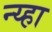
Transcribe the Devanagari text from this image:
न्य्हा